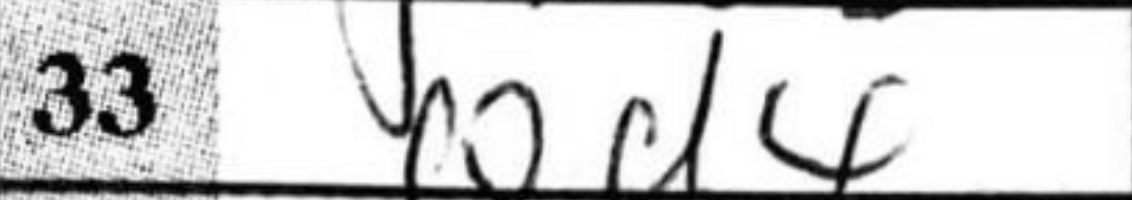
Transcription: Qd4